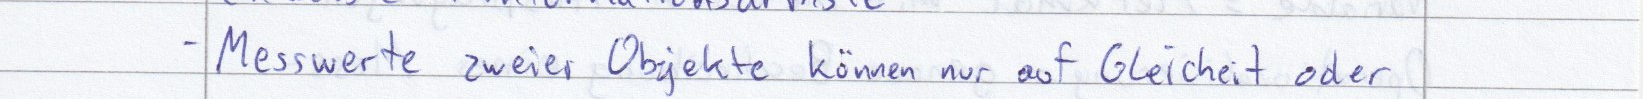
- Messwerte zweier Objekte können nur auf Gleichheit oder